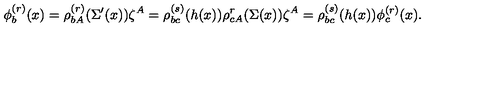
\phi _ { b } ^ { ( r ) } ( x ) = \rho _ { b A } ^ { ( r ) } ( \Sigma ^ { \prime } ( x ) ) \zeta ^ { A } = \rho _ { b c } ^ { ( s ) } ( h ( x ) ) \rho _ { c A } ^ { r } ( \Sigma ( x ) ) \zeta ^ { A } = \rho _ { b c } ^ { ( s ) } ( h ( x ) ) \phi _ { c } ^ { ( r ) } ( x ) .